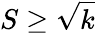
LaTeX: S\geq\sqrt{k}